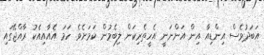
އަބަދުވެސް އިންޑިއާ އިން އަންނަނީ އެހީތެރިކަން ލިބެމުން ކަމަށެވެ. ހަމަ އެއާއިއެކު ރާއްޖޭގައި